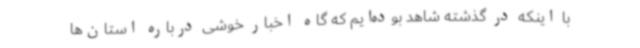
با اینکه در گذشته شاهد بوده‌ایم که گاه اخبار خوشی درباره استان‌ها